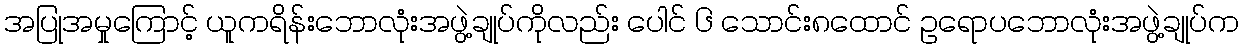
အပြုအမှုကြောင့် ယူကရိန်းဘောလုံးအဖွဲ့ချုပ်ကိုလည်း ပေါင် ၆ သောင်း၈ထောင် ဥရောပဘောလုံးအဖွဲ့ချုပ်က